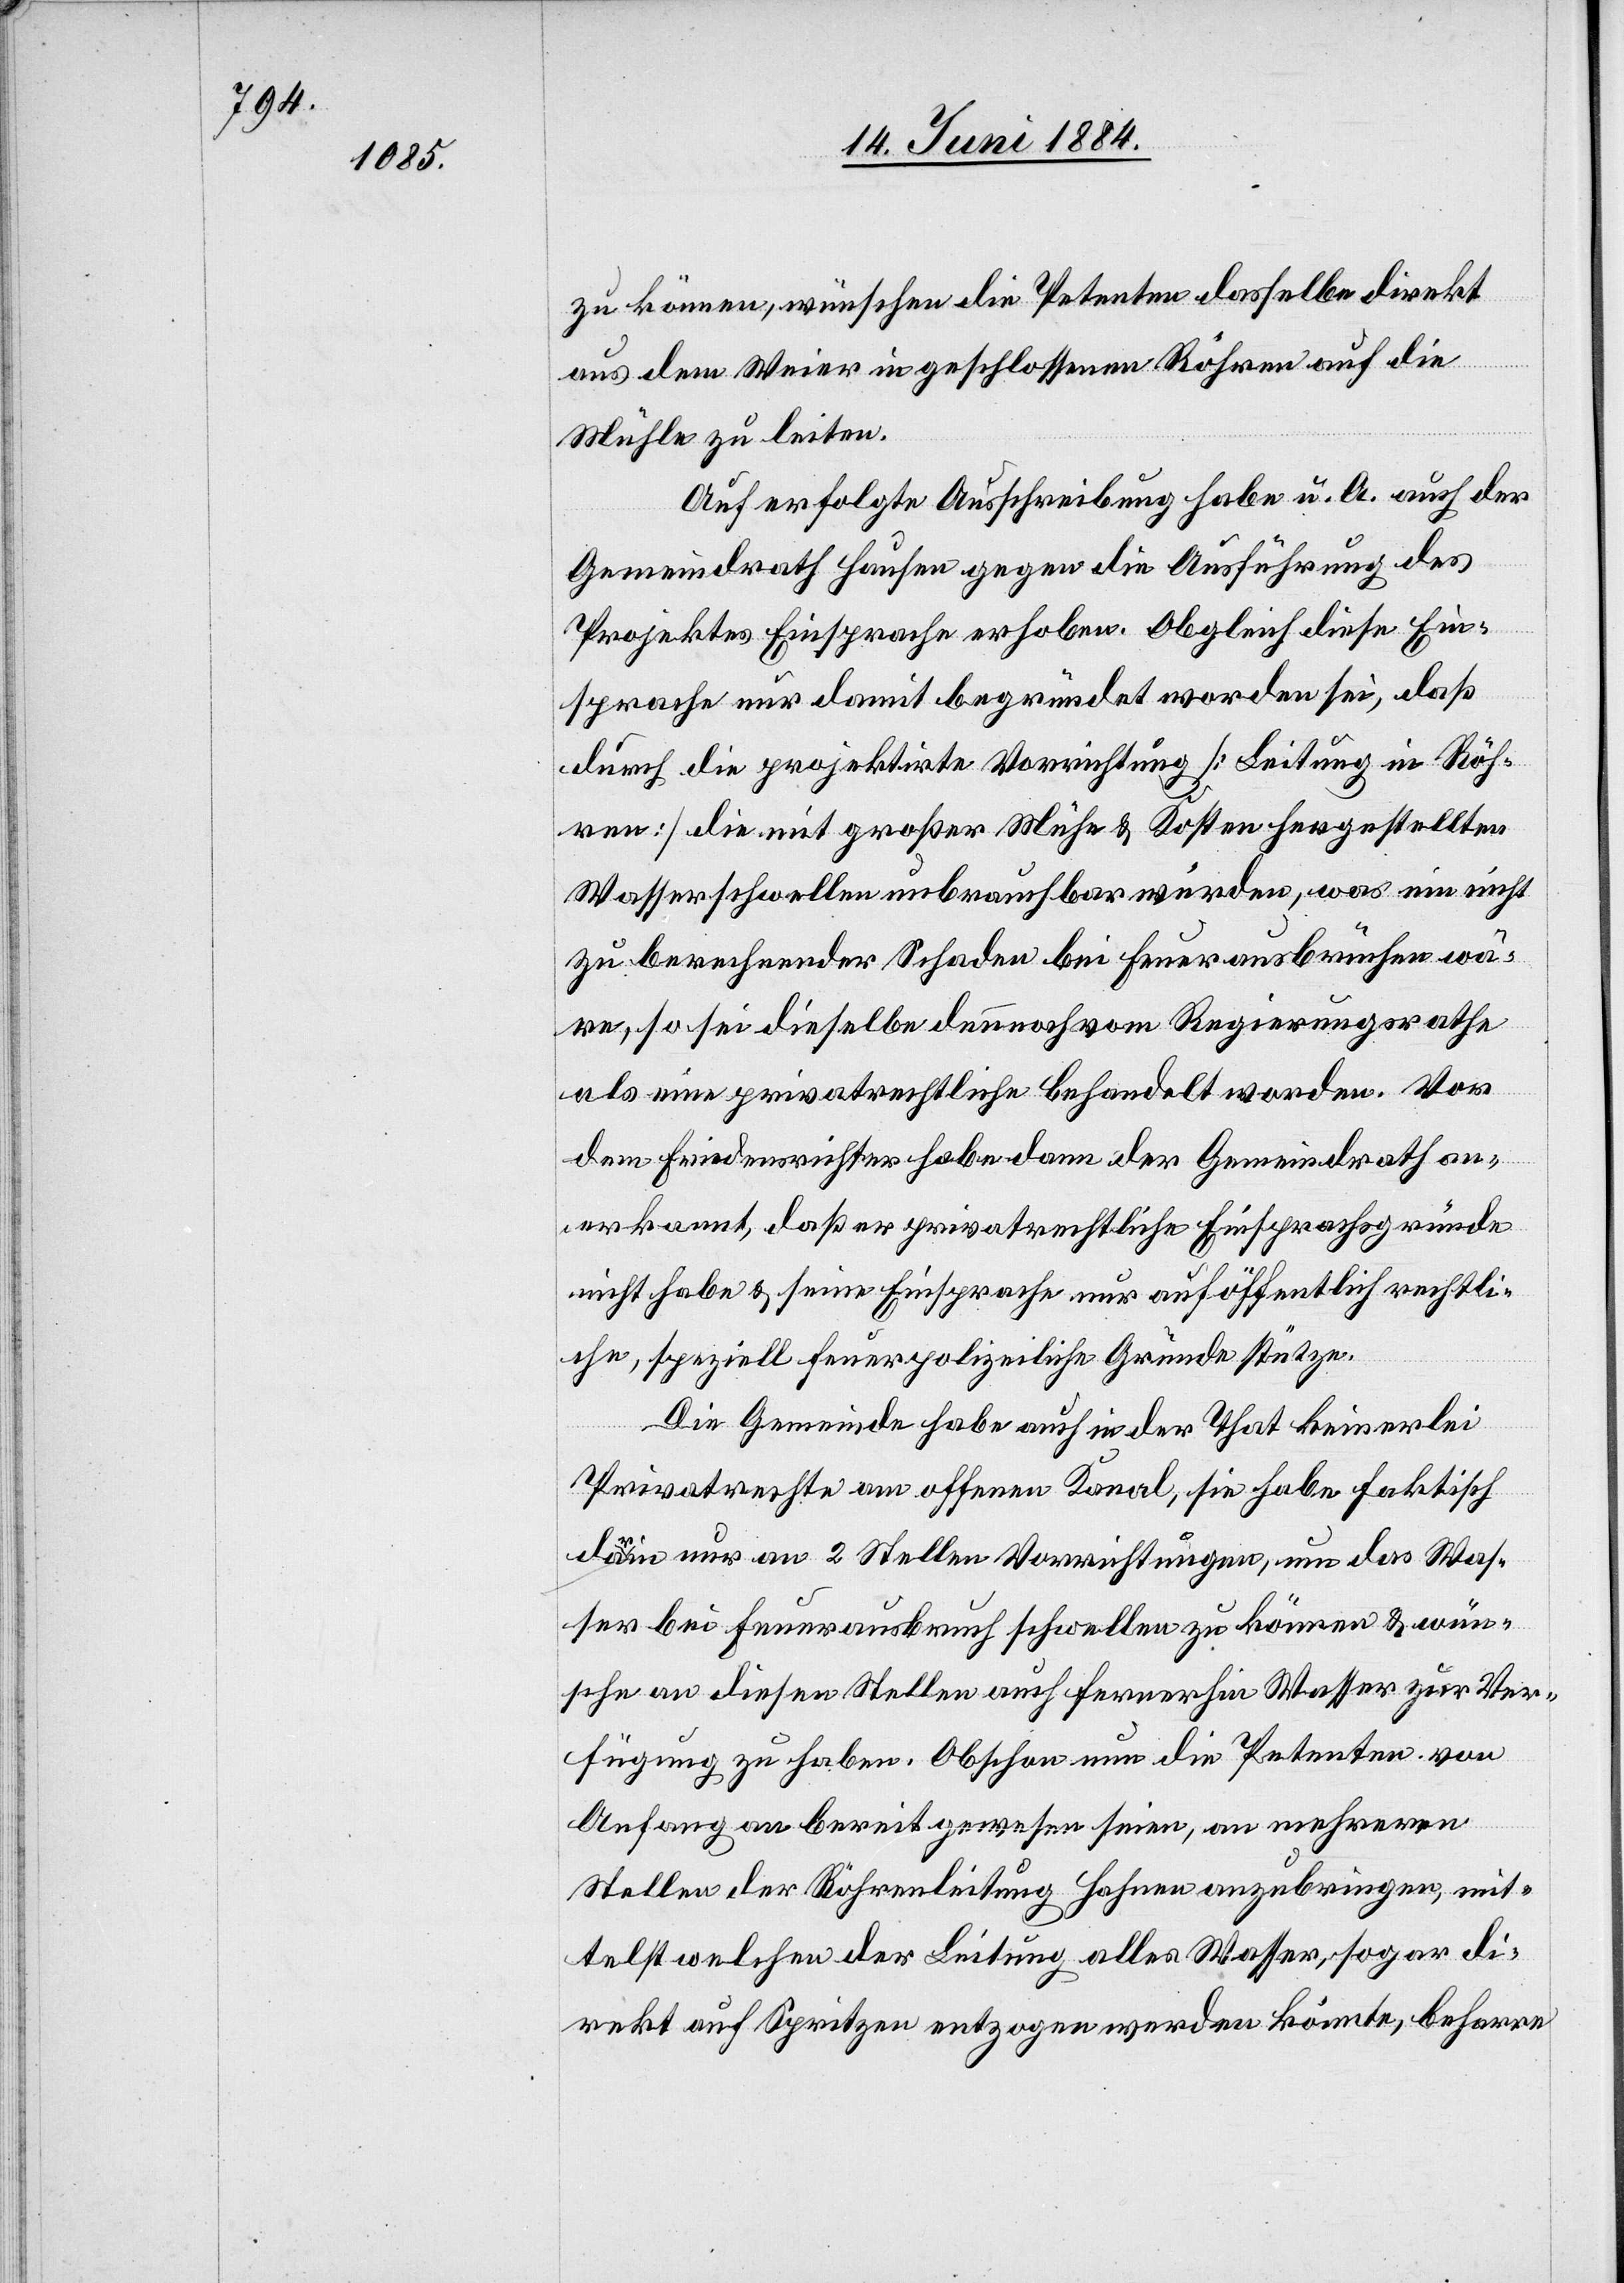
zu können, wünschen die Petenten dasselbe direkt
aus dem Weier in geschlossenen Röhren auf die
Mühle zu leiten.
Auf erfolgte Ausschreibung habe u. A. auch der
Gemeindrath Hausen gegen die Ausführung des
Projektes Einsprache erhoben. Obgleich diese Ein¬
sprache nur damit begründet worden sei, daß
durch die projektirte Vorrichtung [Leitung in Röh¬
ren] die mit großer Mühe & Kosten hergestellten
Wasserschwellen unbrauchbar wurden, was ein nicht
zu berechnender Schaden bei Feuerausbrüchen wä¬
re, so sei dieselbe dennoch vom Regierungsrathe
als eine privatrechtliche behandelt worden. Vor
dem Friedensrichter habe dann der Gemeindrath an¬
erkannt, daß er privatrechtliche Einsprachsgründe
nicht habe & seine Einsprache nur auf öffentlich rechtli¬
che, speziell feuerpolizeiliche Gründe stütze.
Die Gemeinde habe auch in der That keinerlei
Privatrechte am offenen Kanal, sie habe faktisch
darin nur an 2 Stellen Vorrichtungen, um das Was¬
ser bei Feuerausbruch schwellen zu können & wün¬
sche an diesen Stellen auch fernerhin Wasser zur Ver¬
fügung zu haben. Obschon nun die Petenten von
Anfang an bereit gewesen seien, an mehreren
Stellen der Röhrenleitung Hahnen anzubringen, mit¬
telst welchen der Leitung alles Wasser, sogar di¬
rekt auf Spritzen entzogen werden könnte, beharre